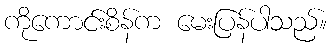
ကိုကောင်းစိန်က မေးပြန်ပါသည်။